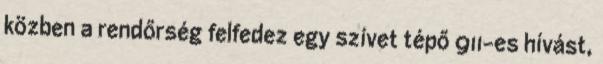
közben a rendőrség felfedez egy szívet tépő 911-es hívást,